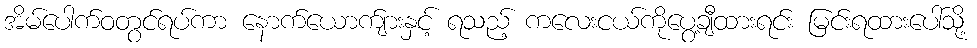
အိမ်ပေါက်ဝတွင်ရပ်ကာ နောက်ယောက်ျားနှင့် ရသည့် ကလေးငယ်ကိုပွေ့ချီထားရင်း မြင်းရထားပေါ်သို့